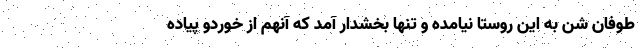
طوفان شن به این روستا نیامده و تنها بخشدار آمد که آنهم از خوردو پیاده